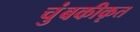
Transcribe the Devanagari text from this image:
चुंबकीकृत